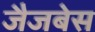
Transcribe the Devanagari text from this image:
जैजबेस